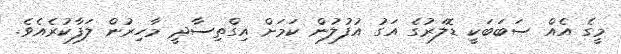
މީގެ އެއް ސަބަބަކީ ޑޮލަރުގެ އަގު އުފުލުން ކަމަށް އިގްތިސާދީ މާހިރުން ލަފާކުރެއެވެ.